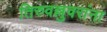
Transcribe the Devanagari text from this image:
तिरुवल्लुवरांना